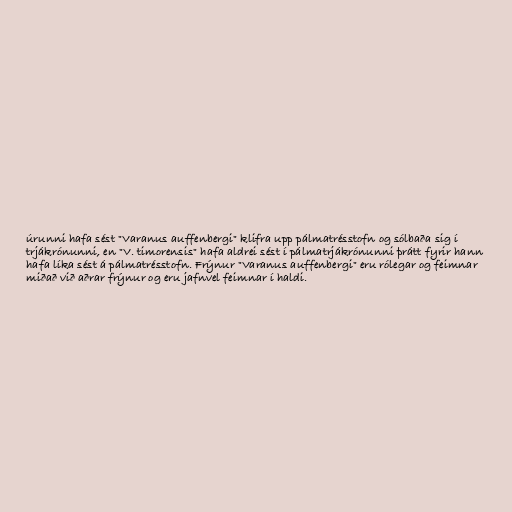
úrunni hafa sést "Varanus auffenbergi" klifra upp pálmatrésstofn og sólbaða sig í
trjákrónunni, en "V. timorensis" hafa aldrei sést í pálmatrjákrónunni þrátt fyrir hann
hafa líka sést á pálmatrésstofn. Frýnur "Varanus auffenbergi" eru rólegar og feimnar
miðað við aðrar frýnur og eru jafnvel feimnar í haldi.